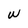
Character: W